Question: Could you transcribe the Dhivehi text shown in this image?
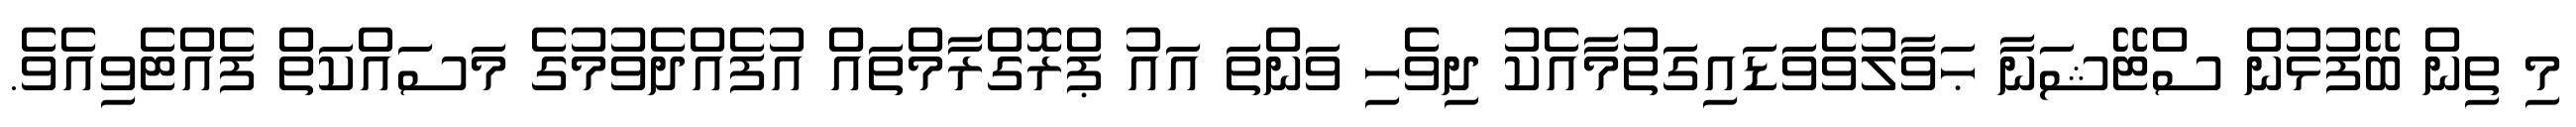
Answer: މި ތިން ބޭފުޅުން ސްޓޭޝަނާ ޙަވާލުވެވަޑައިގަތުމާއެކު ދިވެހި ވަންތަ އައު ޕްރޮގްރާމްތައް އުފެއްދެވުމުގެ މަސައްކަތް ފެއްޓެވިއެވެ.